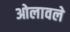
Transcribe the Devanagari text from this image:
ओलावले